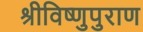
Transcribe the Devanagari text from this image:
श्रीविष्णुपुराण